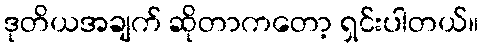
ဒုတိယအချက် ဆိုတာကတော့ ရှင်းပါတယ်။